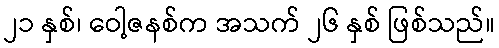
၂၁ နှစ်၊ ဝေါ့ဇနစ်က အသက် ၂၆ နှစ် ဖြစ်သည်။